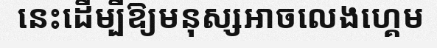
នេះដើម្បីឱ្យមនុស្សអាចលេងហ្គេម